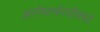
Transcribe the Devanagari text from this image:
अरोमाथेरपीमध्ये